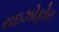
રાઇઝોફોરા